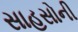
સાહસોની